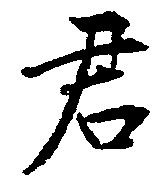
君